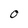
Character: 0